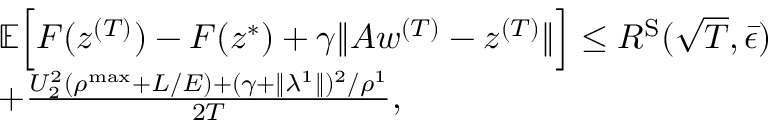
\begin{array} { r l } & { \mathbb { E } \Big [ F ( z ^ { ( T ) } ) - F ( z ^ { * } ) + \gamma \| A w ^ { ( T ) } - z ^ { ( T ) } \| \Big ] \leq R ^ { \mathrm { S } } ( \sqrt { T } , \bar { \epsilon } ) } \\ & { + \frac { U _ { 2 } ^ { 2 } ( \rho ^ { \mathrm { m a x } } + L / E ) + ( \gamma + \| \lambda ^ { 1 } \| ) ^ { 2 } / \rho ^ { 1 } } { 2 T } , } \end{array}